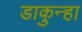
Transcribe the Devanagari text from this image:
डाकुन्हा